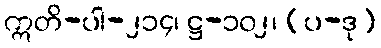
ဣတိ-ပါ-၂၁၄၊ ဋ္ဌ-၁၀၂၊ (ပ-ဒု)